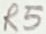
Text: R5